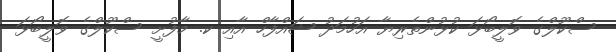
ސްކޫލްގެ ވޮލީބޯޅަ ކުޅުންތެރިޔާ އަހުމަދު ޝައްފާހް އާއި ކ. މާފުށީ ސްކޫލްގެ ވޮލީބޯޅަ